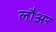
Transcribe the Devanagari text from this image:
लौअर